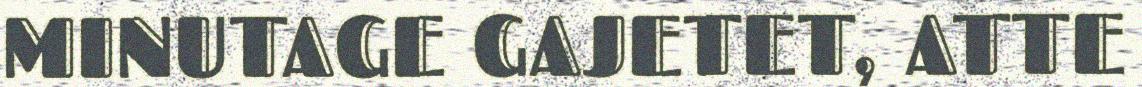
MINUTAGE GAJETET, ATTE